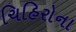
ચિહિરોના